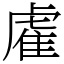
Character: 雐